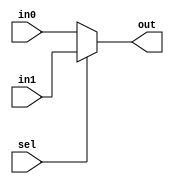
module multiplexer2(in0, in1, sel, out);
	parameter size=32;
	input [size-1:0]in0;
	input [size-1:0]in1;
	input sel;
	output [size-1:0]out;

	assign out = (sel) ? in1 : in0; //if sel==0, then in0

endmodule